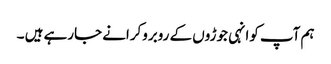
ہم آپ کوانہی جوڑوں کے روبروکرانے جارہے ہیں ۔